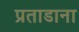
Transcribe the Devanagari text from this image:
प्रताडाना